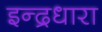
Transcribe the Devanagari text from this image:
इन्द्रधारा